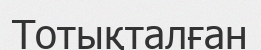
Тотықталған